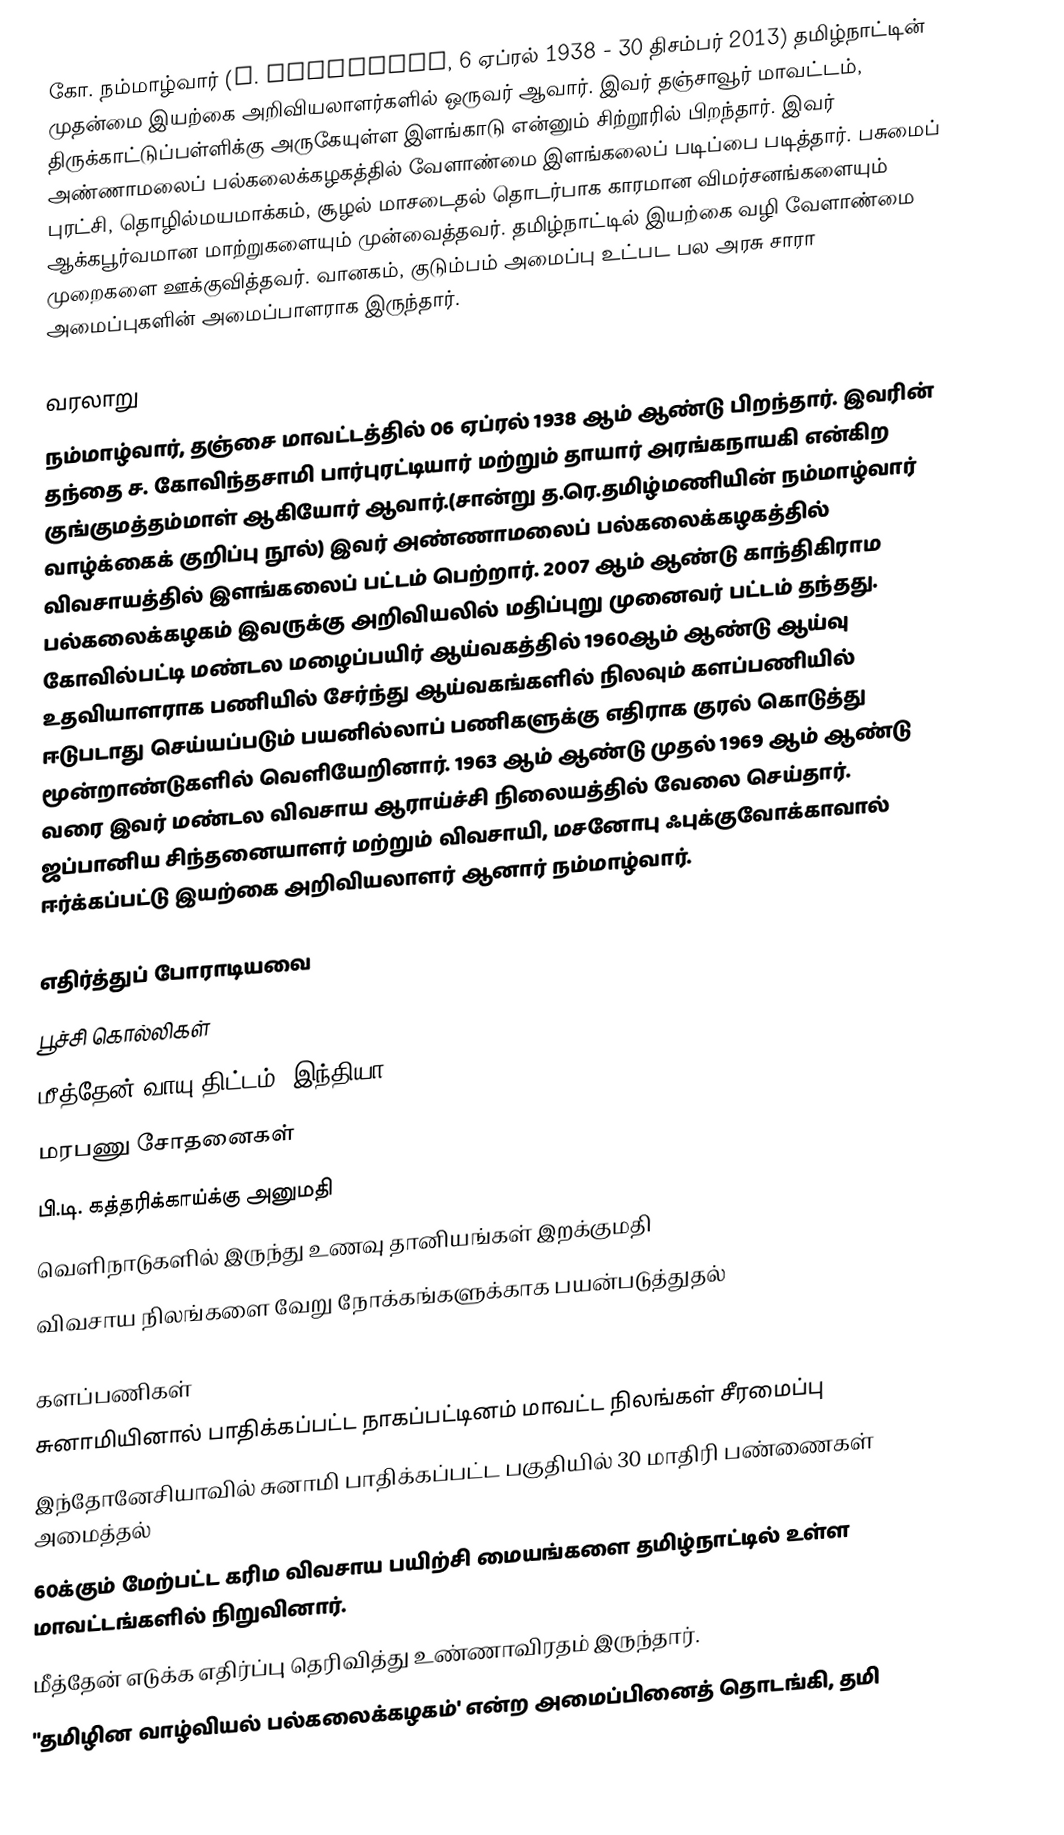
கோ. நம்மாழ்வார் (G. Nammalvar, 6 ஏப்ரல் 1938 - 30 திசம்பர் 2013) தமிழ்நாட்டின் முதன்மை இயற்கை அறிவியலாளர்களில் ஒருவர் ஆவார். இவர் தஞ்சாவூர் மாவட்டம், திருக்காட்டுப்பள்ளிக்கு அருகேயுள்ள இளங்காடு என்னும் சிற்றூரில் பிறந்தார். இவர் அண்ணாமலைப் பல்கலைக்கழகத்தில் வேளாண்மை இளங்கலைப் படிப்பை படித்தார். பசுமைப் புரட்சி, தொழில்மயமாக்கம், சூழல் மாசடைதல் தொடர்பாக காரமான விமர்சனங்களையும் ஆக்கபூர்வமான மாற்றுகளையும் முன்வைத்தவர். தமிழ்நாட்டில் இயற்கை வழி வேளாண்மை முறைகளை ஊக்குவித்தவர். வானகம், குடும்பம் அமைப்பு உட்பட பல அரசு சாரா அமைப்புகளின் அமைப்பாளராக இருந்தார்.

வரலாறு
நம்மாழ்வார், தஞ்சை மாவட்டத்தில் 06 ஏப்ரல் 1938 ஆம் ஆண்டு பிறந்தார். இவரின் தந்தை ச. கோவிந்தசாமி பார்புரட்டியார் மற்றும் தாயார் அரங்கநாயகி என்கிற குங்குமத்தம்மாள் ஆகியோர் ஆவார்.(சான்று த.ரெ.தமிழ்மணியின் நம்மாழ்வார் வாழ்க்கைக் குறிப்பு நூல்) இவர் அண்ணாமலைப் பல்கலைக்கழகத்தில் விவசாயத்தில் இளங்கலைப் பட்டம் பெற்றார். 2007 ஆம் ஆண்டு காந்திகிராம பல்கலைக்கழகம் இவருக்கு அறிவியலில் மதிப்புறு முனைவர் பட்டம் தந்தது. கோவில்பட்டி மண்டல மழைப்பயிர் ஆய்வகத்தில் 1960ஆம் ஆண்டு ஆய்வு உதவியாளராக பணியில் சேர்ந்து ஆய்வகங்களில் நிலவும் களப்பணியில் ஈடுபடாது செய்யப்படும் பயனில்லாப் பணிகளுக்கு எதிராக குரல் கொடுத்து மூன்றாண்டுகளில் வெளியேறினார். 1963 ஆம் ஆண்டு முதல் 1969 ஆம் ஆண்டு வரை இவர் மண்டல விவசாய ஆராய்ச்சி நிலையத்தில் வேலை செய்தார். ஜப்பானிய சிந்தனையாளர் மற்றும் விவசாயி, மசனோபு ஃபுக்குவோக்காவால் ஈர்க்கப்பட்டு இயற்கை அறிவியலாளர் ஆனார் நம்மாழ்வார்.

எதிர்த்துப் போராடியவை
 பூச்சி கொல்லிகள்
 மீத்தேன் வாயு திட்டம், இந்தியா
 மரபணு சோதனைகள்
 பி.டி. கத்தரிக்காய்க்கு அனுமதி
 வெளிநாடுகளில் இருந்து உணவு தானியங்கள் இறக்குமதி
 விவசாய நிலங்களை வேறு நோக்கங்களுக்காக பயன்படுத்துதல்

களப்பணிகள்
 சுனாமியினால் பாதிக்கப்பட்ட நாகப்பட்டினம் மாவட்ட நிலங்கள் சீரமைப்பு
 இந்தோனேசியாவில் சுனாமி பாதிக்கப்பட்ட பகுதியில் 30 மாதிரி பண்ணைகள் அமைத்தல்
 60க்கும் மேற்பட்ட கரிம விவசாய பயிற்சி மையங்களை தமிழ்நாட்டில் உள்ள மாவட்டங்களில் நிறுவினார்.
 மீத்தேன் எடுக்க எதிர்ப்பு தெரிவித்து உண்ணாவிரதம் இருந்தார்.
"தமிழின வாழ்வியல் பல்கலைக்கழகம்' என்ற அமைப்பினைத் தொடங்கி, தமி